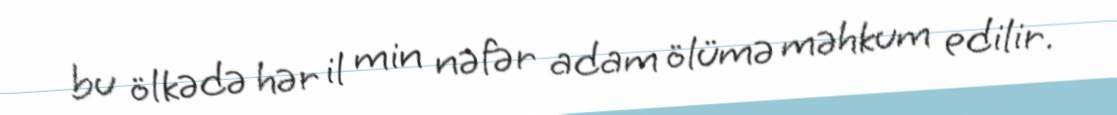
bu ölkədə hər il min nəfər adam ölümə məhkum edilir.